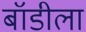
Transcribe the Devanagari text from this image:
बॉडीला